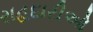
રાહદારીઓ